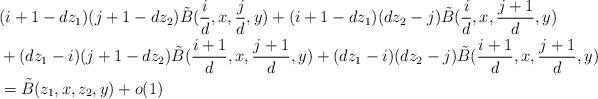
LaTeX: \begin{align*}&(i+1-dz_1)(j+1-dz_2)\Tilde{B}(\frac{i}{d},x,\frac{j}{d},y)+(i+1-dz_1)(dz_2-j)\Tilde{B}(\frac{i}{d},x,\frac{j+1}{d},y)\\&+(dz_1-i)(j+1-dz_2)\Tilde{B}(\frac{i+1}{d},x,\frac{j+1}{d},y)+(dz_1-i)(dz_2-j)\Tilde{B}(\frac{i+1}{d},x,\frac{j+1}{d},y)\\&=\Tilde{B}(z_1,x,z_2,y)+o(1)\end{align*}